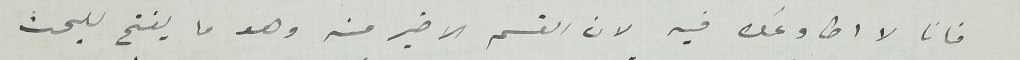
فانا لا اطاوعك فيه لان القسم الاخير منه وهو ما يفتح للبحث